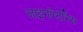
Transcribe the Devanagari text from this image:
जाइगॉप्टेरिस